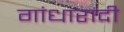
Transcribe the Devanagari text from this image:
गांधारादी